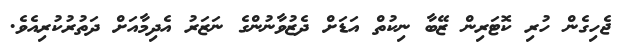
ޖެހިގެން ހުރި ކޮޓަރިން ޒޭބާ ނިކުތް އަޑަށް ދެޒުވާނުންގެ ނަޒަރު އެދިމާއަށް ދަތުރުކުރިއެވެ.